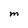
Character: M